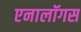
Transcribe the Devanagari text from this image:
एनालॉगस